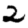
Digit: 2